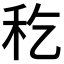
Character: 𥝖